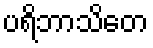
ပရိဘာသိတေ